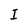
Character: I